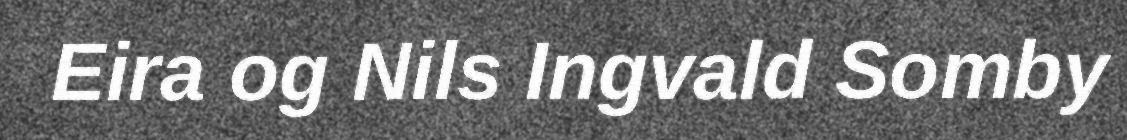
Eira og Nils Ingvald Somby